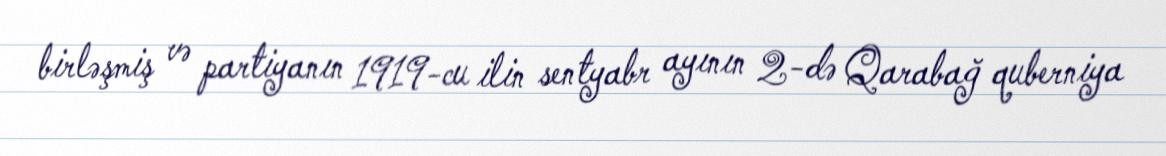
birləşmiş və partiyanın 1919-cu ilin sentyabr ayının 2-də Qarabağ quberniya